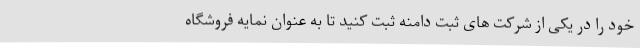
خود را در یکی از شرکت های ثبت دامنه ثبت کنید تا به عنوان نمایه فروشگاه